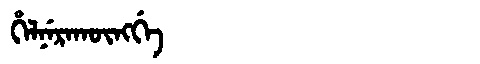
Manchu: ᡥᡝᠯᠨᡝᡵᠠᡴᡡᠩᡤᡝ
Romanization: HELNERAKŪNGGE